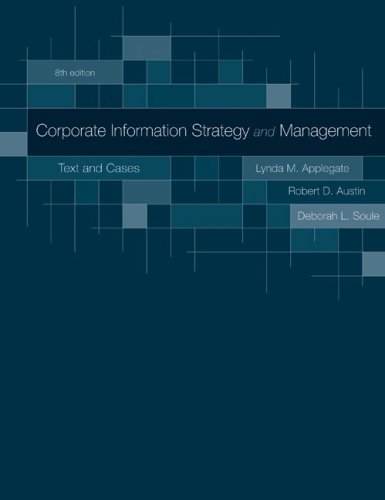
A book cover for Corporate Information Strategy and Management:  Text and Cases; Lynda Applegate; Computers & Technology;